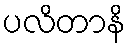
ပလိတာနိ